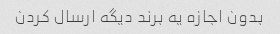
بدون اجازه یه برند دیگه ارسال کردن